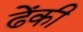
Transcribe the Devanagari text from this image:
ढेंकी